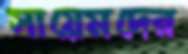
সায়েমদের